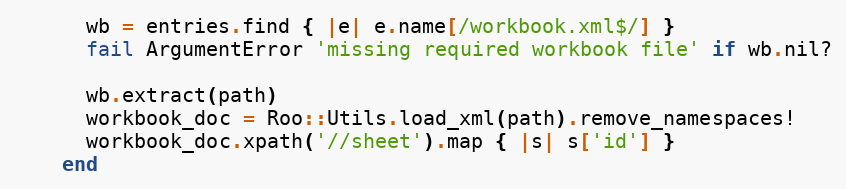
Language: Ruby
      wb = entries.find { |e| e.name[/workbook.xml$/] }
      fail ArgumentError 'missing required workbook file' if wb.nil?

      wb.extract(path)
      workbook_doc = Roo::Utils.load_xml(path).remove_namespaces!
      workbook_doc.xpath('//sheet').map { |s| s['id'] }
    end